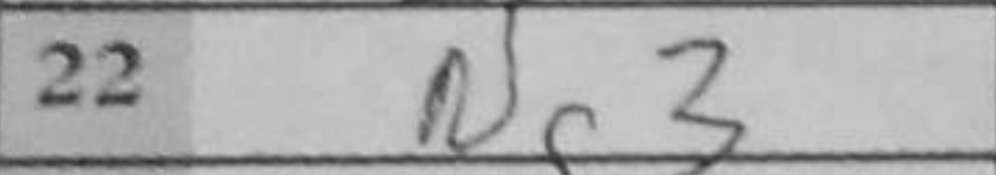
Transcription: Ng3